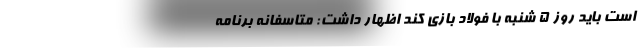
است باید روز 5 شنبه با فولاد بازی کند اظهار داشت: متاسفانه برنامه